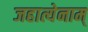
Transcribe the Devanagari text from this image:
जहात्येनाम्‌